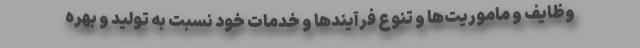
وظایف و ماموریت‌ها و تنوع فرآیندها و خدمات خود نسبت به تولید و بهره